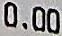
0.00